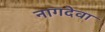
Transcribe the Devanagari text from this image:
नागदेवा